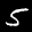
Label: 5